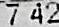
7.42